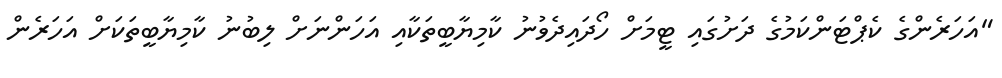
"އަހަރެންގެ ކެޕްޓަންކަމުގެ ދަށުގައި ޓީމަށް ހޯދައިދެވުނު ކާމިޔާބީތަކާއި އަހަންނަށް ލިބުނު ކާމިޔާބީތަކަށް އަހަރެން